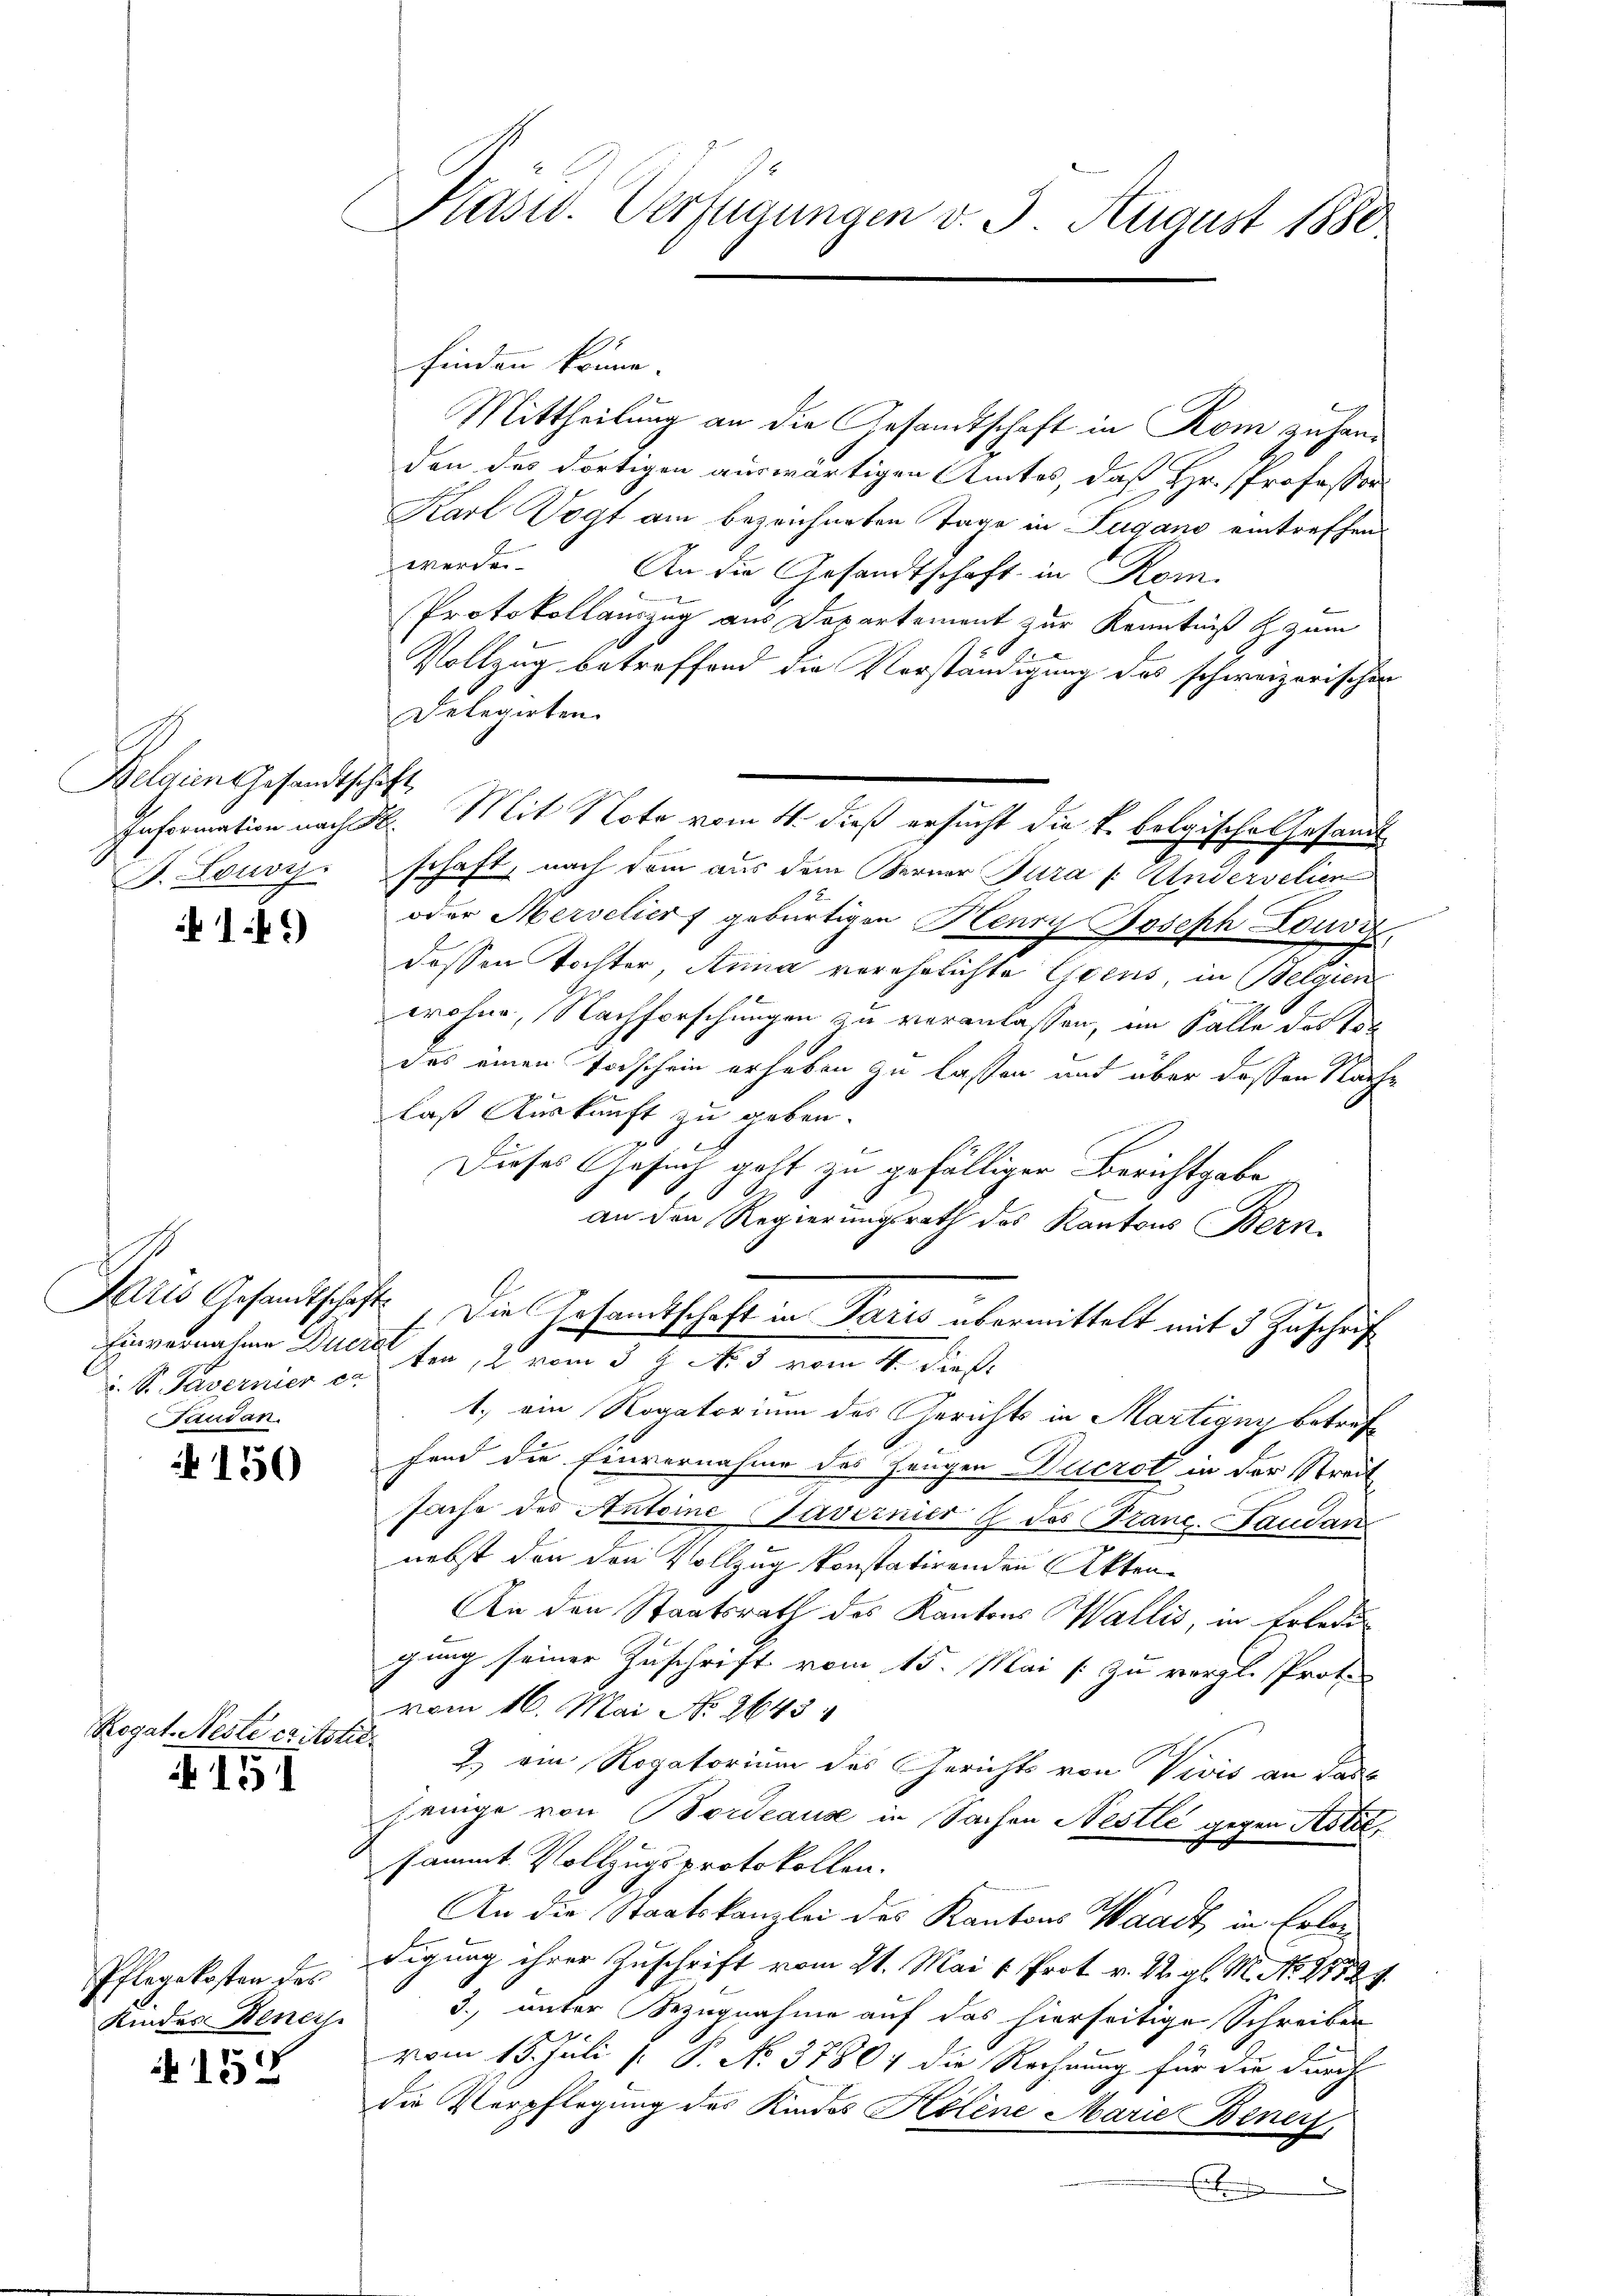
Belgien Gesandtschaft
B. Lousz.

146)

u. S. Tavernier c
Taudan.

150

Rogat Neste er istie
 151

Pflegekosten des
Kindes Benens

A 152

Präsid. Verfügungen d. 3. August 1880.

finden könne.
Mittheilung an die Gesandtschaft in Rom zuhanden des dortigen auswärtigen Amtes, daß Hr. Professor
Karl Vogt am bezeichneten Tage in Lugano eintreffenwerden.
An die Gesandtschaft in Rom.
Protokollauszug aus Departement zur Kenntniß & zum
56
Vollzug betreffend die Vorständigung des schweizerischen
Delegirten.
Information nach d. Mit Note vom 4. dieß ersucht die k. belgisches Gesandtschaft, nach dem aus dem Berner Jura /: Andervetien
oder Merseliers gebürtigen Henry Joseph Louviz
dessen Tochter, Anna verehelichte Grens, in Belgien
wohne, Nachforschungen zu veranlassen, im Falle des tot
das einen Todschein erheben zu lassen mit über dessen Nachlaß Auskunft zu geben.
Dieses Gesuch geht zu gefälliger Berichtgabe
an den Regierungsrath des Kantons Bern,
Aus Gesandtschaft. Die Gesamtschaft in Paris übermittelt mit 3 Zuschrift
Einvernahme Ducra ter, 2 vom 3 9 N. 3 vom 4. dieß
1.) ein Rogatorium des Gerichts in Martigny betreffend die Einvernahme des Zeugen Bacrot in der Streit
sache des Anteine Tavernier 4 des Brand. Laudar
nebst den den Vollzug konstatirenden Akten¬
An den Staatsrath des Kantons Wallis, in Erledi
gung seiner Zuschrift vom 15. Mai / zu vergl. Protovom 16. Mai No 2643.
2) ein Rogatorium des Gerichts von Vivis an dann
jenige von Bordeause in Sachen Nestle gegen Asti,
sammt. Vollzugsprotokollen.
An die Staatskanzlei des Kantons Waadt in Erlendigung ihrer Zuschrift vom 21. Mai v. Prot. v. M. gl. M. No. 21524
3., unter Bezugnahme auf das hierseitige Schreiben
vom 15. Juli [ P. No. 37804 die Rechnung für die durch
die Verpflegung des Kindes Helene Marie Beners,
Erben